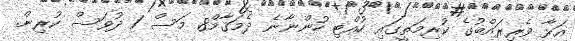
އަޅާ ވެރިރައްބުގެ ކުރިމަތީގައި ހުއްޓި ހުންނާނެ ދެމަޤާމް8 މަސް 1 ދުވަސް ކުރިން.